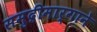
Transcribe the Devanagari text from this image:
समुद्रीमार्गाने